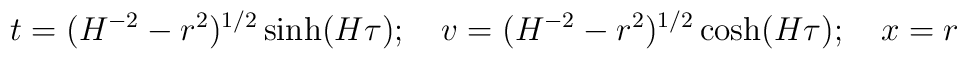
t= (H^{-2} - r^2)^{1/2} \sinh(H\tau); \quad v= (H^{-2} - r^2)^{1/2} \cosh(H\tau); \quad x=r